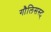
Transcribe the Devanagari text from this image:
गौलिसस्ट्